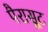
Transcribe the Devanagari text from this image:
पैरासूट